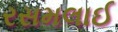
રસમલાઈ